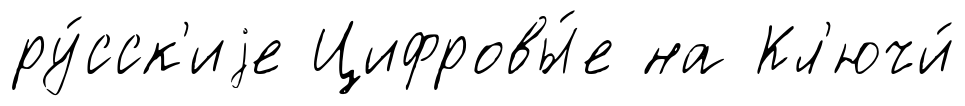
ру́сск'иjе Цифровы́е на Кл'ючи́